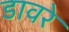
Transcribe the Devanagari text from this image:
डावरे